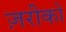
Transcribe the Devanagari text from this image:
ज़रीको